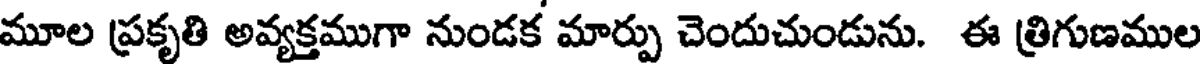
మూల ప్రకృతి అవ్యక్తముగా నుండక మార్పు చెందుచుండును. ఈ త్రిగుణముల